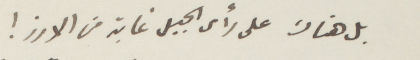
بل هناك على رأس الجبل غابة من الأرز!